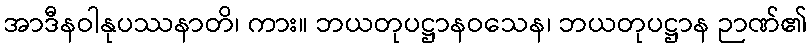
အာဒီနဝါနုပဿနာတိ၊ ကား။ ဘယတုပဋ္ဌာနဝသေန၊ ဘယတုပဋ္ဌာန ဉာဏ်၏